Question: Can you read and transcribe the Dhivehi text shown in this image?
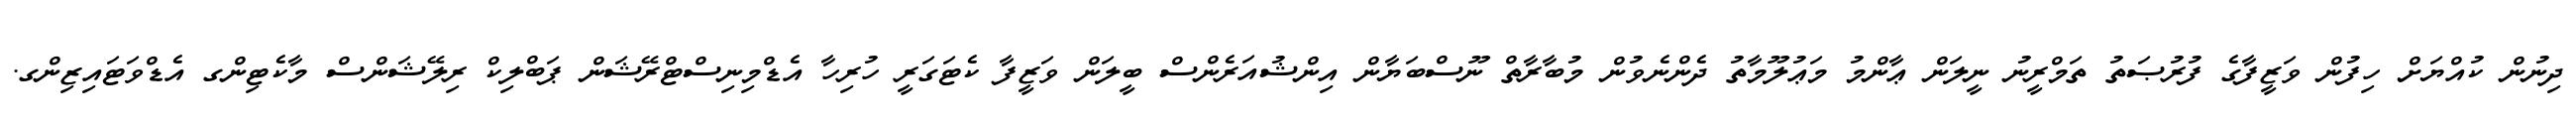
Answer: ދިނުން ކުއްޔަށް ހިފުން ވަޒީފާގެ ފުރުޞަތު ތަމްރީނު ނީލަން ޢާންމު މަޢުލޫމާތު ދެންނެވުން މުބާރާތް ނޫސްބަޔާން އިންޝުއަރެންސް ބީލަން ވަޒީފާ ކެޓަގަރީ ހުރިހާ އެޑްމިނިސްޓްރޭޝަން ޕަބްލިކް ރިލޭޝަންސް މާކެޓިންގ އެޑްވަޓައިޒިންގ.